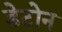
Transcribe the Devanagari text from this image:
डेटोन